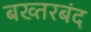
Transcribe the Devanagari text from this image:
बख्‍तरबंद